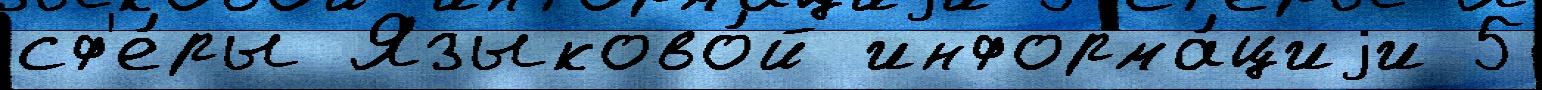
сф'е́ры Языково́й информа́циjи 5